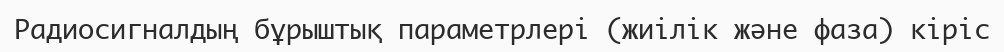
Радиосигналдың бұрыштық параметрлері (жиілік және фаза) кіріс